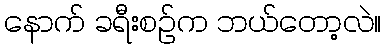
နောက် ခရီးစဉ်က ဘယ်တော့လဲ။